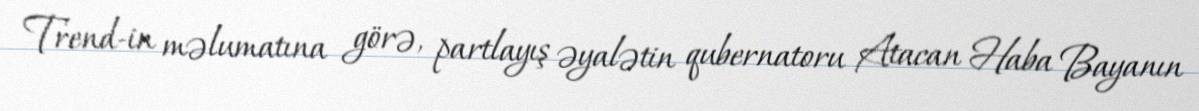
Trend-in məlumatına görə, partlayış əyalətin qubernatoru Atacan Haba Bayanın